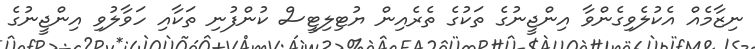
ނިޒާމެއް އެކުލެވިގެންވާ އިންޖީނުގެ ތަކުގެ ތެރެއިން ޔުޓިލިޓީސް ކުންފުނި ތަކާއި ހަވާލުވި އިންޖީނުގެ